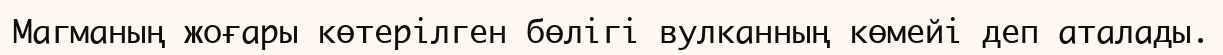
Магманың жоғары көтерілген бөлігі вулканның көмейі деп аталады.